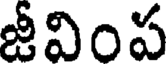
జీవింప